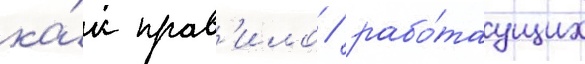
ка́к прав'ило / рабо́таущих